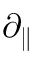
\partial _ { \parallel }